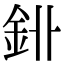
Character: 𨥑